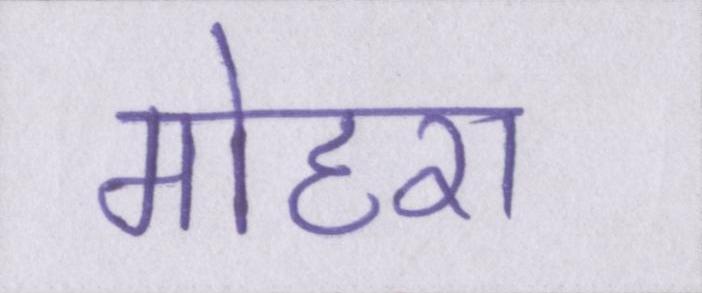
मोहरा